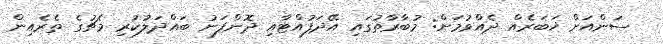
ސަންއަށް ޚަބަރެއް ދެއްވުމަށް: މުބާރާތުގައި އޭދަފުއްޓާއި ދޮންފަނު ބައްދަލުކުރި މެޗުގެ ތެރެއިން